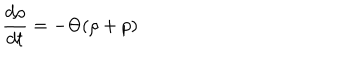
LaTeX: \frac { d \rho } { d t } = - \Theta ( \rho + p )